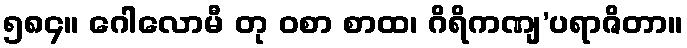
၅၈၄။ ဂေါလောမီ တု ဝစာ စာထ၊ ဂိရိကဏျ’ပရာဇိတာ။